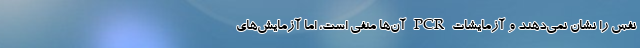
نفس را نشان نمی‌دهند و آزمایشات PCR آن‌ها منفی است، اما آزمایش‌های